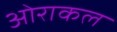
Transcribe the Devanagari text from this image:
ओराकल